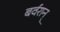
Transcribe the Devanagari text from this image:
बर्वरान्